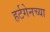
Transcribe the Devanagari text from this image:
हर्टगेनच्या